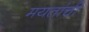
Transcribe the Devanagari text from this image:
मयतांची